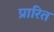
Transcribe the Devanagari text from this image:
प्रारित